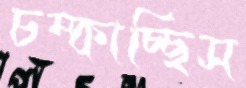
চম্‌কাচ্ছিস